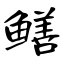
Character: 鳝